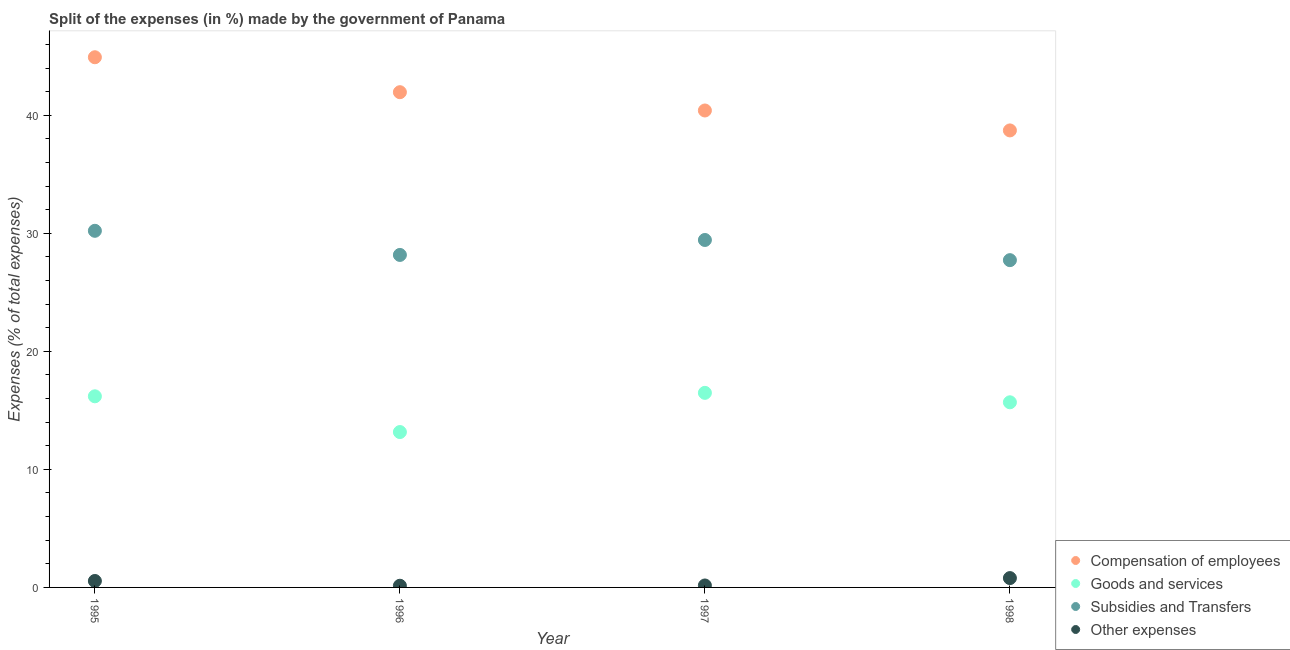
| Year | Compensation of employees | Goods and services | Subsidies and Transfers | Other expenses |
 | --- | --- | --- | --- | --- |
 | 1995 | 44.9 | 16.2 | 30.2 | 0.546 |
 | 1996 | 42 | 13.2 | 28.2 | 0.142 |
 | 1997 | 40.4 | 16.5 | 29.4 | 0.166 |
 | 1998 | 38.7 | 15.7 | 27.7 | 0.791 |